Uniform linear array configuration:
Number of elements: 64
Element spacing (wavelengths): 0.5
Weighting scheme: uniform
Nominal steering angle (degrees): -15
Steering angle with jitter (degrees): -15.412
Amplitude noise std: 0.05
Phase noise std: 0.05

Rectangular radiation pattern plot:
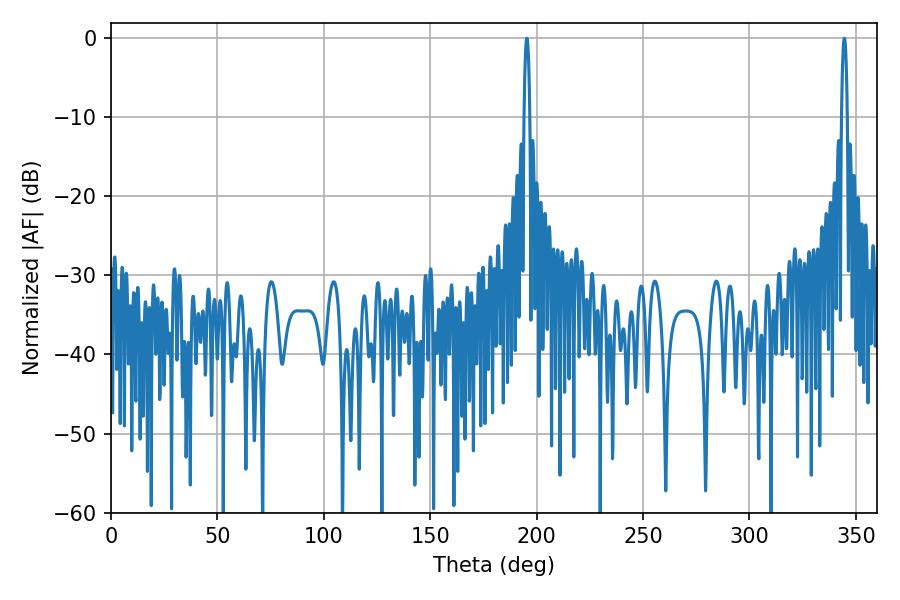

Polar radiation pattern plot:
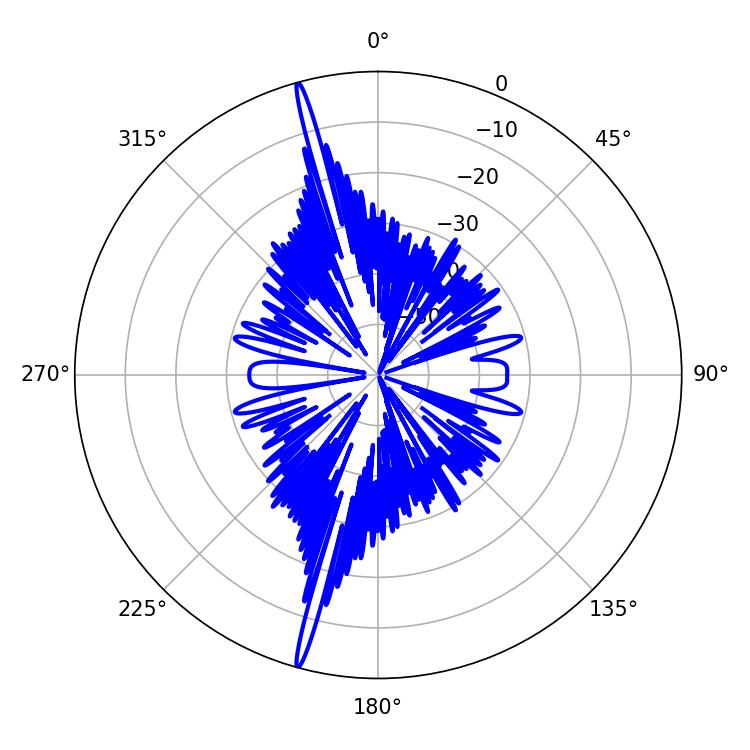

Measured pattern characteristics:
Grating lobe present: FALSE
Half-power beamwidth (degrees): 1.44
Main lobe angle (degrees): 195.48